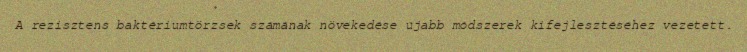
A rezisztens baktériumtörzsek számának növekedése újabb módszerek kifejlesztéséhez vezetett.